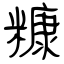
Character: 糠